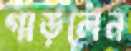
গাড়লেন